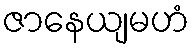
ဇာနေယျမဟံ